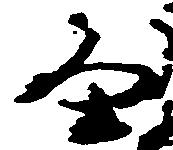
畠